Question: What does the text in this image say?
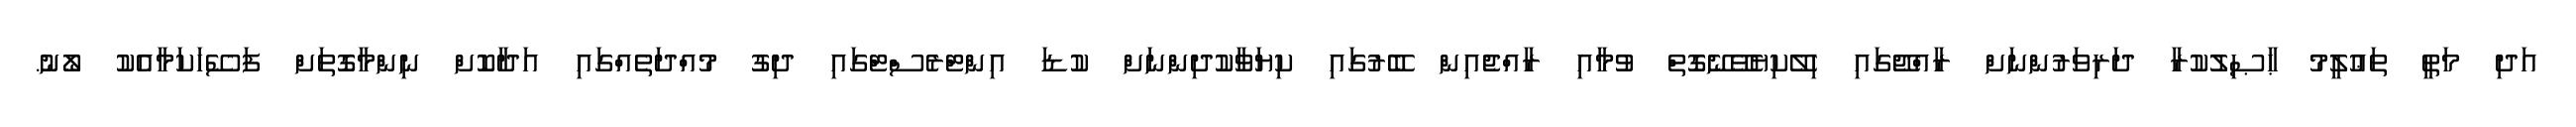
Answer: އަދި މަތީ ތަޢުލީމު ޙާޞިލުކުރާ ދަރިވަރުންނަށް ރާއްޖޭގައި ހިލޭކިޔެވޭނޭގޮތް ވުމާއި ރާއްޖެއިން ބޭރުގައި ކިޔަވާކުދިންނަށް ކުޑަ އިންޓްރެސްޓްގައި ދިގު މުއްދަތެއްގައި އަދާކޮށް ނިންމާގޮތަށް ފަސޭހަކަމާއެކު ލޯނު.